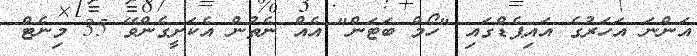
އަންނަ އަހަރުގެ އައިޕެޑްގައި "ހޯމް ބަޓަން" އެއް ނެތުން އެކަށީގެންވޭ 35 މިނެޓް